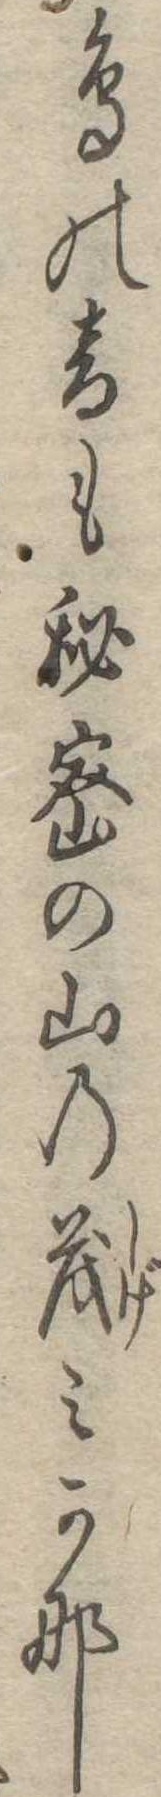
鳥の音も秘密の山の茂みかな